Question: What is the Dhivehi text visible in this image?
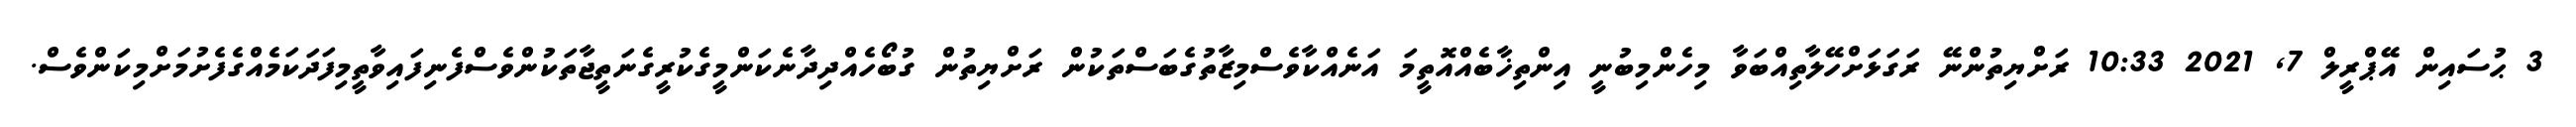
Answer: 3 ޙުސައިން އޭޕްރީލް 7, 2021 10:33 ރަށްޔިތުންނޭ ރަގަޅަށްހޭލާތިއްބަވާ މިހެންމިބުނީ އިންތިޚާބެއްއޮތީމަ އަނެއްކާވެސްމިޒާތުގެބަސްތަކުން ރަށްޔިތުން ގުބޯހެއްދިދާނެކަންމީގެކުރީގެނަތީޖާތަކުންވެސްފެނިފައިވާތީމިފަދަކަމެއްގެފެށުމަށްމިކަންވެސް.